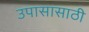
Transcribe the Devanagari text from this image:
उपासासाठी